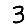
Digit: 3